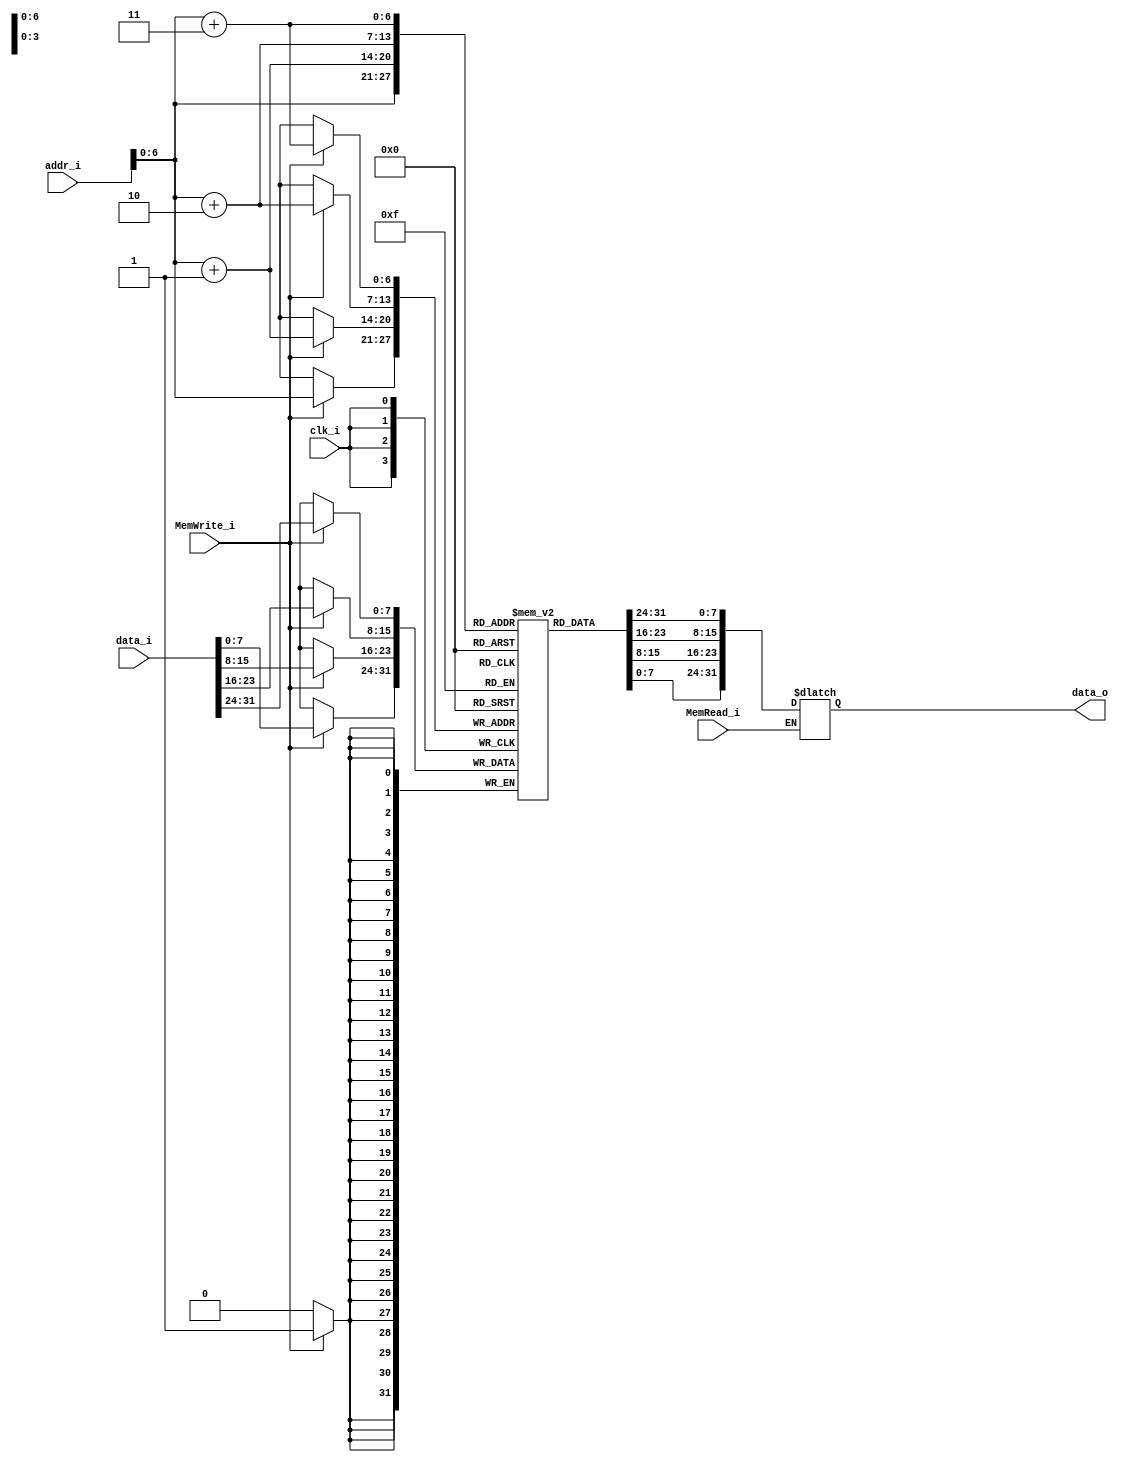
module Data_Memory (
           clk_i,
           addr_i,
           data_i,
           MemRead_i,
           MemWrite_i,
           data_o
       );

// Interface
input clk_i;
input [31:0] addr_i;
input [31:0] data_i;
input MemRead_i;
input MemWrite_i;
output [31:0] data_o;
// Signals
reg         [31:0] data_o;

// Memory
reg         [ 7:0] Mem    [0:128-1  ];  // address: 0x00~0x80
integer            i;

// For Testbench to debug
wire signed [31:0] memory [32];
assign memory[0]  = {Mem[3], Mem[2], Mem[1], Mem[0]};
assign memory[1]  = {Mem[7], Mem[6], Mem[5], Mem[4]};
assign memory[2]  = {Mem[11], Mem[10], Mem[9], Mem[8]};
assign memory[3]  = {Mem[15], Mem[14], Mem[13], Mem[12]};
assign memory[4]  = {Mem[19], Mem[18], Mem[17], Mem[16]};
assign memory[5]  = {Mem[23], Mem[22], Mem[21], Mem[20]};
assign memory[6]  = {Mem[27], Mem[26], Mem[25], Mem[24]};
assign memory[7]  = {Mem[31], Mem[30], Mem[29], Mem[28]};
assign memory[8]  = {Mem[35], Mem[34], Mem[33], Mem[32]};
assign memory[9]  = {Mem[39], Mem[38], Mem[37], Mem[36]};
assign memory[10] = {Mem[43], Mem[42], Mem[41], Mem[40]};
assign memory[11] = {Mem[47], Mem[46], Mem[45], Mem[44]};
assign memory[12] = {Mem[51], Mem[50], Mem[49], Mem[48]};
assign memory[13] = {Mem[55], Mem[54], Mem[53], Mem[52]};
assign memory[14] = {Mem[59], Mem[58], Mem[57], Mem[56]};
assign memory[15] = {Mem[63], Mem[62], Mem[61], Mem[60]};
assign memory[16] = {Mem[67], Mem[66], Mem[65], Mem[64]};
assign memory[17] = {Mem[71], Mem[70], Mem[69], Mem[68]};
assign memory[18] = {Mem[75], Mem[74], Mem[73], Mem[72]};
assign memory[19] = {Mem[79], Mem[78], Mem[77], Mem[76]};
assign memory[20] = {Mem[83], Mem[82], Mem[81], Mem[80]};
assign memory[21] = {Mem[87], Mem[86], Mem[85], Mem[84]};
assign memory[22] = {Mem[91], Mem[90], Mem[89], Mem[88]};
assign memory[23] = {Mem[95], Mem[94], Mem[93], Mem[92]};
assign memory[24] = {Mem[99], Mem[98], Mem[97], Mem[96]};
assign memory[25] = {Mem[103], Mem[102], Mem[101], Mem[100]};
assign memory[26] = {Mem[107], Mem[106], Mem[105], Mem[104]};
assign memory[27] = {Mem[111], Mem[110], Mem[109], Mem[108]};
assign memory[28] = {Mem[115], Mem[114], Mem[113], Mem[112]};
assign memory[29] = {Mem[119], Mem[118], Mem[117], Mem[116]};
assign memory[30] = {Mem[123], Mem[122], Mem[121], Mem[120]};
assign memory[31] = {Mem[127], Mem[126], Mem[125], Mem[124]};

initial
begin
    for (i = 0; i < 128; i = i + 1) Mem[i] = 8'b0;
end

always @(posedge clk_i)
begin
    if (MemWrite_i)
    begin
        Mem[addr_i+3] <= data_i[31:24];
        Mem[addr_i+2] <= data_i[23:16];
        Mem[addr_i+1] <= data_i[15:8];
        Mem[addr_i]   <= data_i[7:0];
    end
end
always @(addr_i or MemRead_i)
begin
    if (MemRead_i) data_o = {Mem[addr_i+3], Mem[addr_i+2], Mem[addr_i+1], Mem[addr_i]};
end

endmodule